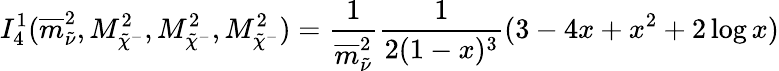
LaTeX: I_{4}^{1}(\overline{{{m}}}_{\tilde{\nu}}^{2},M_{\tilde{\chi}^{-}}^{2},M_{\tilde{\chi}^{-}}^{2},M_{\tilde{\chi}^{-}}^{2})=\frac 1{\overline{{{m}}}_{\tilde{\nu}}^{2}}\frac 1{2(1-x)^{3}}(3-4x+x^{2}+2\log x)